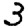
Digit: 3